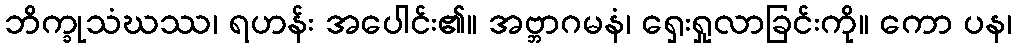
ဘိက္ခုသံဃဿ၊ ရဟန်း အပေါင်း၏။ အဗ္ဘာဂမနံ၊ ရှေးရှုလာခြင်းကို။ ကော ပန၊